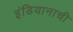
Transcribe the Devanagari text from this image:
इंडियानाची